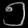
Digit: ၅